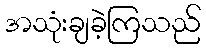
အသုံးချခဲ့ကြသည်